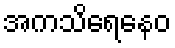
အကသိရေနေဝ